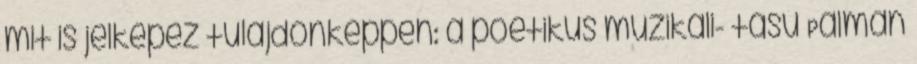
mit is jelképez tulajdonképpen: a poétikus muzikali- tású Palman